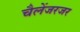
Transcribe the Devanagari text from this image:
चैलेंजरजर